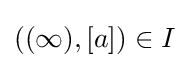
((\infty ),[a])\in I